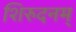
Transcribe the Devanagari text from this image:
शिरुदनम्